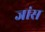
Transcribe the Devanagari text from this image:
जांस